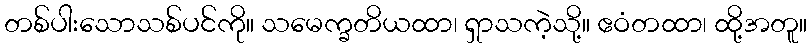
တစ်ပါးသောသစ်ပင်ကို။ သမေက္ခတိယထာ၊ ရှာသကဲ့သို့။ ဧဝံတထာ၊ ထို့အတူ။